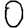
Digit: 0